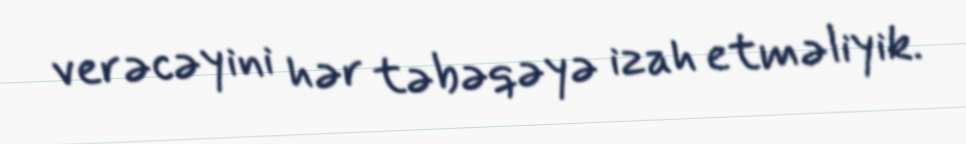
verəcəyini hər təbəqəyə izah etməliyik.